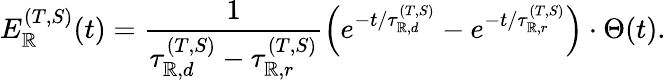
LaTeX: E_{\mathbb{R}}^{(T,S)}(t)=\frac{{1}}{{\tau_{\mathbb{R},d}^{(T,S)}-\tau_{\mathbb{R},r}^{(T,S)}}}\left(e^{-t/\tau_{\mathbb{R},d}^{(T,S)}}-e^{-t/\tau_{\mathbb{R},r}^{(T,S)}}\right)\cdot\Theta(t).